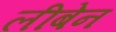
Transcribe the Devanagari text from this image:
लीबेन